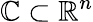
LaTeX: \mathbb{C}\subset\mathbb{{R}}^{n}